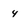
Character: 4